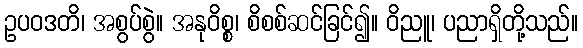
ဥပဝဒတိ၊ အစွပ်စွဲ။ အနုဝိစ္စ၊ စိစစ်ဆင်ခြင်၍။ ဝိညူ၊ ပညာရှိတို့သည်။